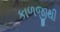
કાળજીથી